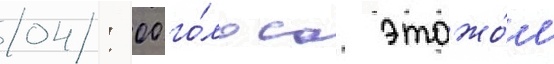
04: 00 го́лоса этажо́м